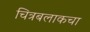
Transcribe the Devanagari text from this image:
चित्रबलाकचा